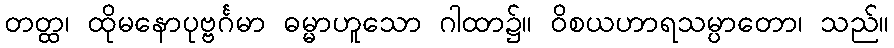
တတ္ထ၊ ထိုမနောပုဗ္ဗင်္ဂမာ ဓမ္မာဟူသော ဂါထာ၌။ ဝိစယဟာရသမ္ပာတော၊ သည်။